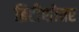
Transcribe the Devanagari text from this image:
ब्रिटीशोत्तर